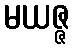
မယဇ္ဇ